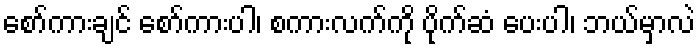
စော်ကားချင် စော်ကားပါ၊ စကားလက်ကို ပိုက်ဆံ ပေးပါ၊ ဘယ်မှာလဲ